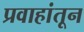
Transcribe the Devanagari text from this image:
प्रवाहांतून